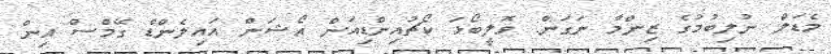
މެޑަލް ނުލިބުމުގެ ޒިންމާ ނަގަން: ވޮލީބޯޅަ ކޯޗުއިންޑިއަން އޯޝަން އައިލެންޑް ގޭމްސް އިން